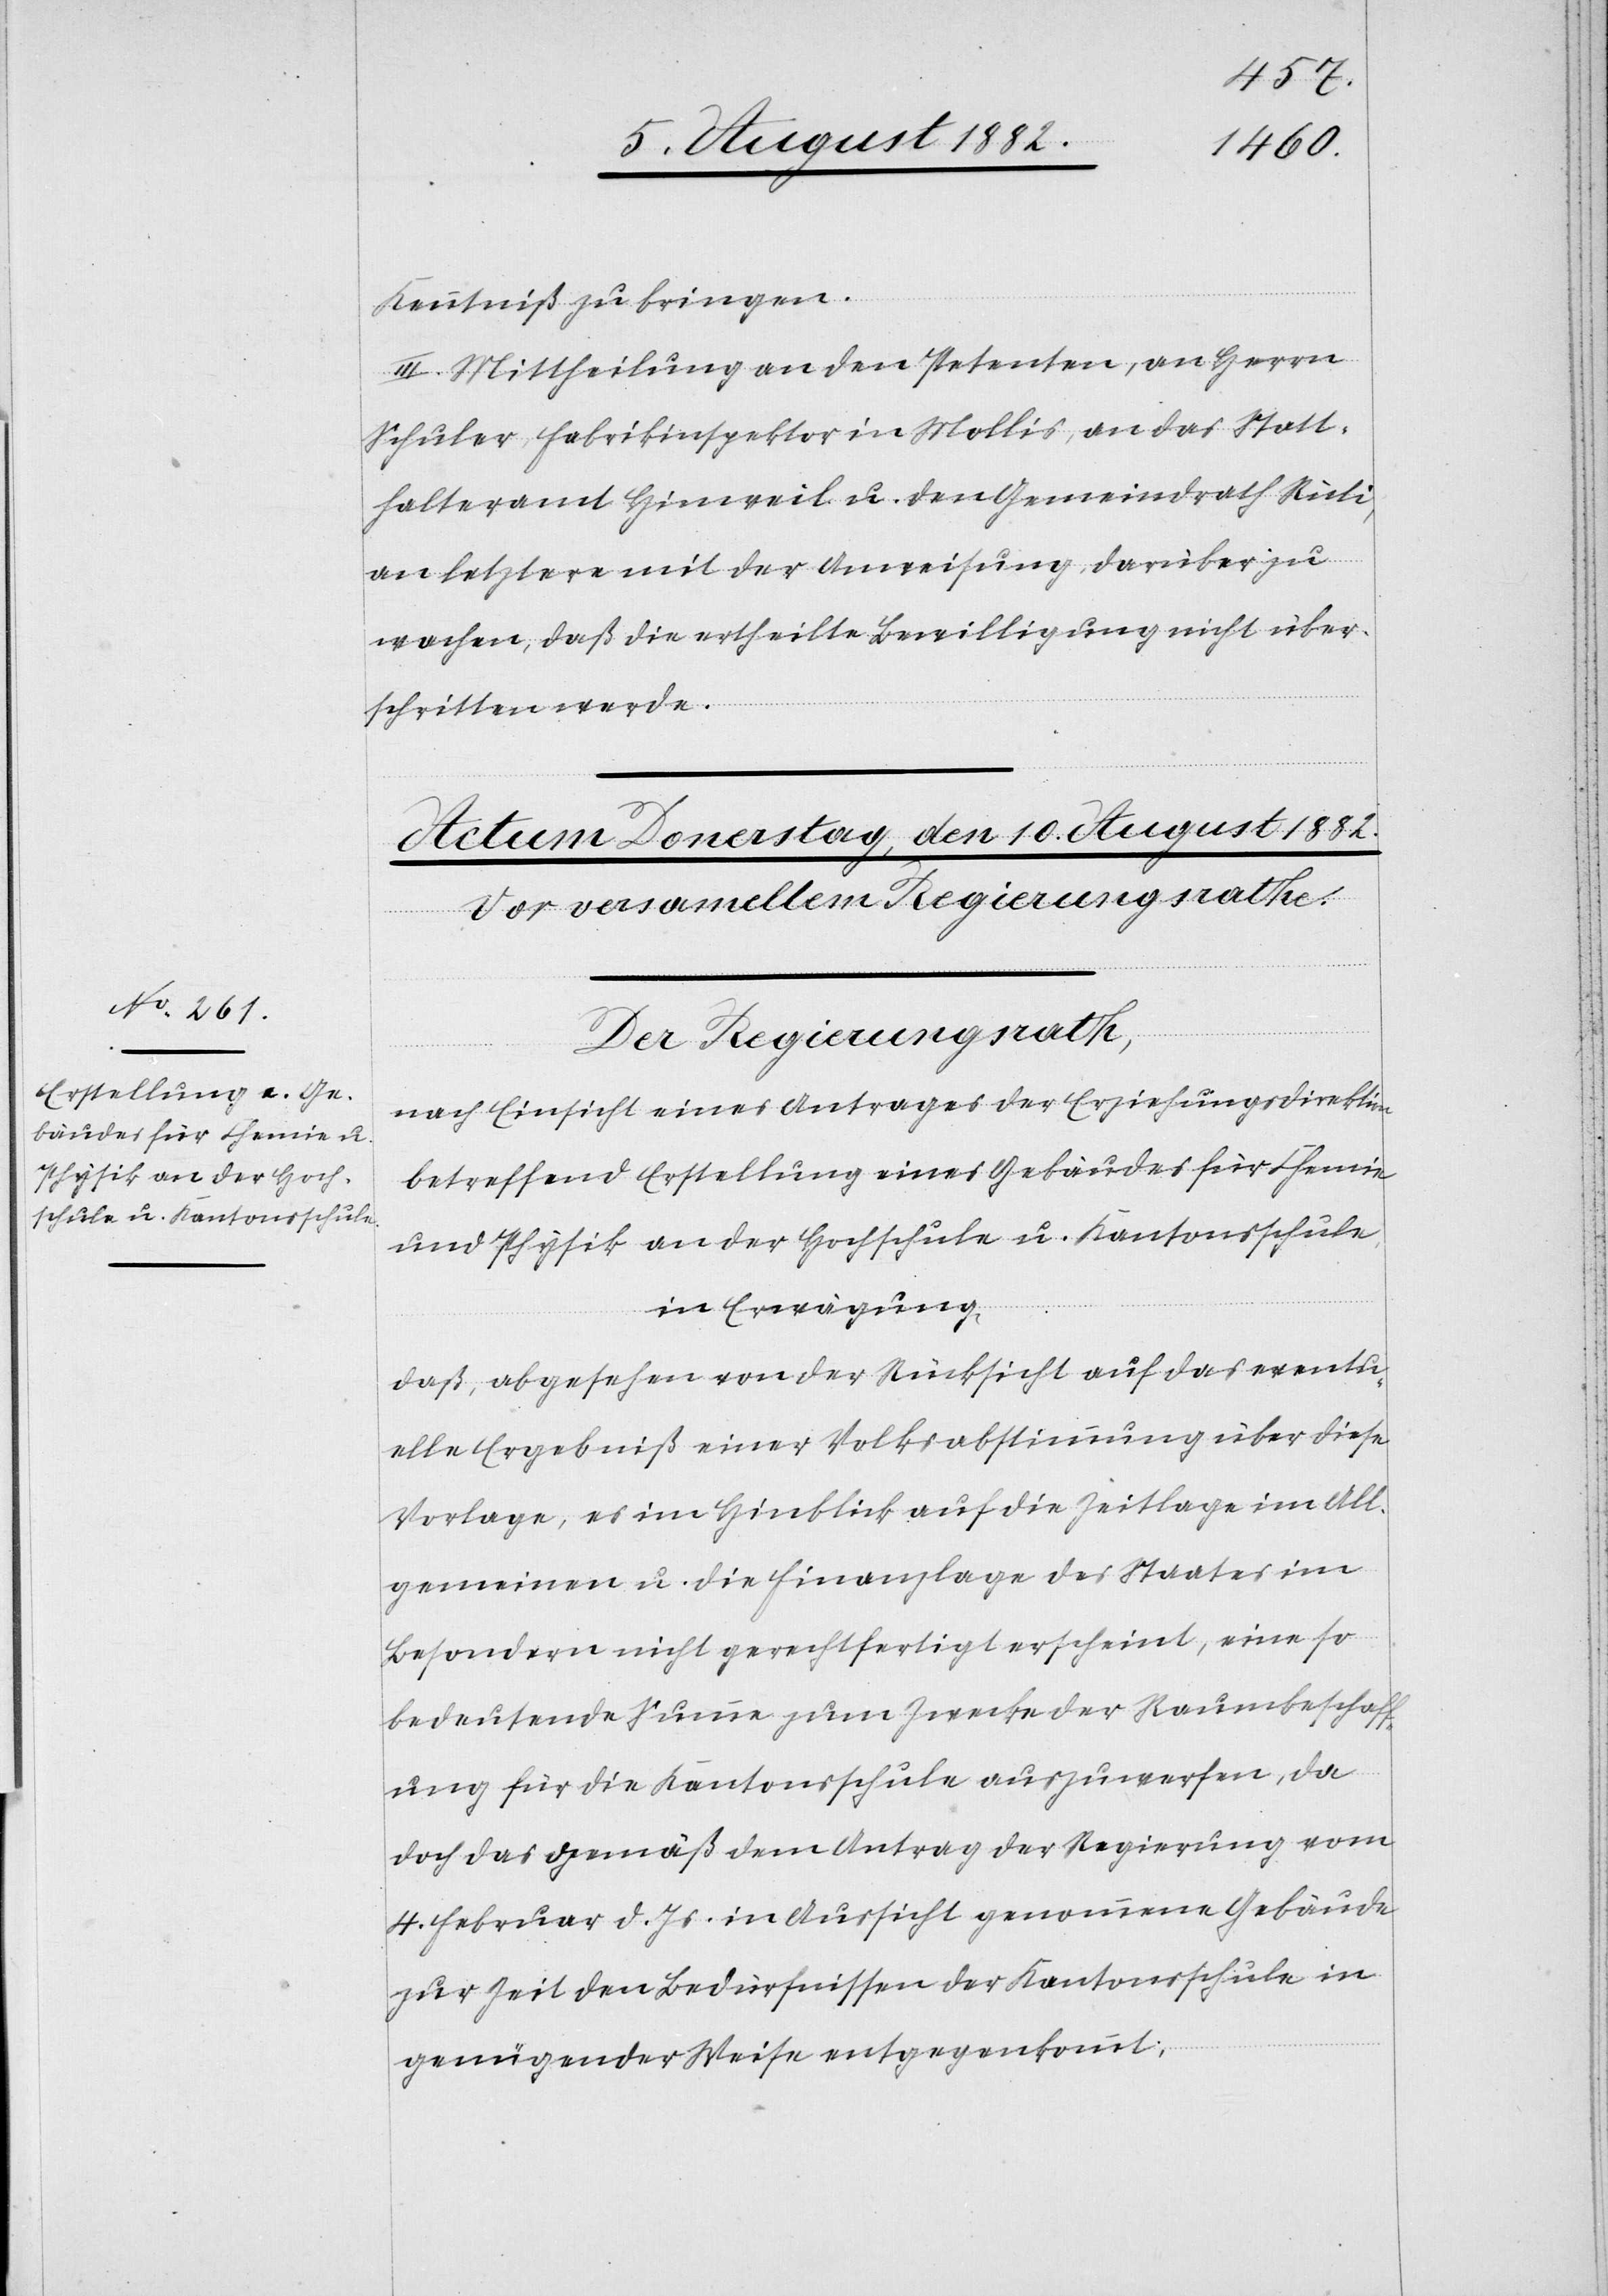
Kenntniß zu bringen.
III. Mittheilung an den Petenten, an Herrn
Schuler, Fabrikinspektor in Mollis, an das Statt¬
halteramt Hinweil u. den Gemeindrath Rüti,
an letztern mit der Anweisung, darüber zu
wachen, daß die ertheilte Bewilligung nicht über¬
schritten werde.
Der Regierungsrath;
nach Einsicht eines Antrages der Erziehungsdirektion
betreffend Erstellung eines Gebäudes für Chemie
und Physik an der Hochschule u. Kantonsschule,
in Erwägung:
Daß, abgesehen von der Rücksicht auf das eventu¬
elle Ergebniß einer Volksabstimmung über diese
Vorlage, es im Hinblick auf die Zeitlage im All¬
gemeinen u. die Finanzlage des Staates im
Besondern nicht gerechtfertigt erscheint, eine so
bedeutende Summe zum Zwecke der Raumbeschaff¬
ung für die Kantonsschule auszuwerfen, da
doch das gemäß dem Antrag der Regierung vom
4. Februar d. Js. in Aussicht genommene Gebäude
zur Zeit den Bedürfnissen der Kantonsschule in
genügender Weise entgegenkommt;